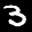
Label: 3